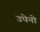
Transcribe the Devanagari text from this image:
उपेनो